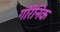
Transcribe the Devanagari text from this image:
गोरेनिंक